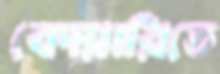
কোয়ারিতে